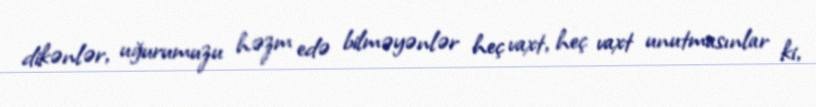
dikənlər, uğurumuzu həzm edə bilməyənlər heç vaxt, heç vaxt unutmasınlar ki,